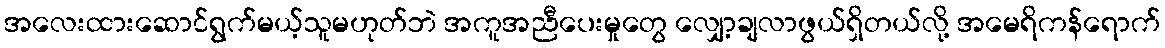
အလေးထားဆောင်ရွက်မယ့်သူမဟုတ်ဘဲ အကူအညီပေးမှုတွေ လျှော့ချလာဖွယ်ရှိတယ်လို့ အမေရိကန်ရောက်